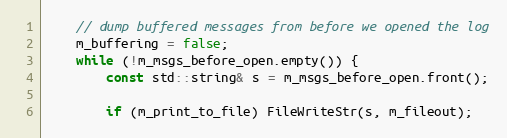
Language: C++
    // dump buffered messages from before we opened the log
    m_buffering = false;
    while (!m_msgs_before_open.empty()) {
        const std::string& s = m_msgs_before_open.front();

        if (m_print_to_file) FileWriteStr(s, m_fileout);